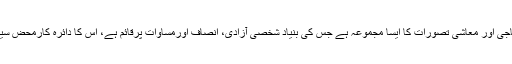
” میں لکھتے ہیں کہ “لبرل ازم سیاسی، سماجی اور معاشی تصورات کا ایسا مجموعہ ہے جس کی بنیاد شخصی آزادی، انصاف اورمساوات پرقائم ہے، اس کا دائرہ کارمحض سیاست سماج اور معیشت تک ہی محدود ہے۔